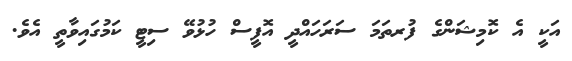
އަކީ އެ ކޮމިޝަންގެ ފުރތަމަ ސަރަހައްދީ އޮފީސް ހުޅުވޭ ސިޓީ ކަމުގައިވާތީ އެވެ.